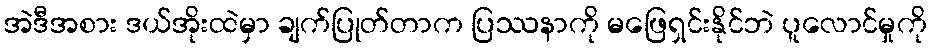
အဲဒီအစား ဒယ်အိုးထဲမှာ ချက်ပြုတ်တာက ပြဿနာကို မဖြေရှင်းနိုင်ဘဲ ပူလောင်မှုကို